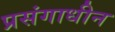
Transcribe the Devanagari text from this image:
प्रसंगाधीन